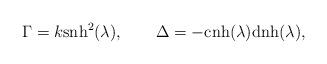
LaTeX: \begin{align*} \Gamma = k\mbox{snh}^2(\lambda), \qquad \Delta = -\mbox{cnh}(\lambda)\mbox{dnh}(\lambda),\end{align*}